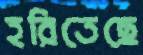
হরিতেছে